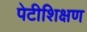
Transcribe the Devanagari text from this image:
पेटीशिक्षण